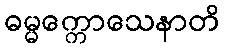
ဓမ္မက္ကောသေနာတိ